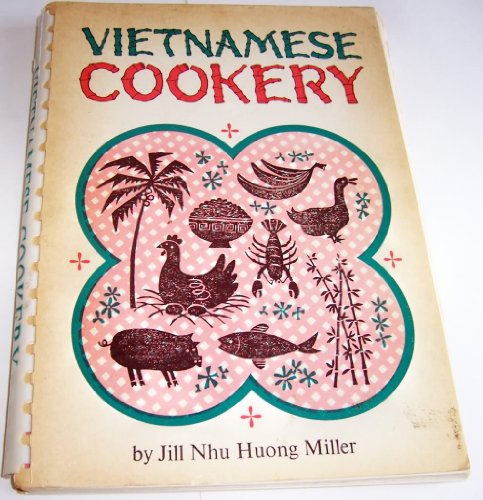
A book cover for Vietnamese Cookery; JILL NHU HUONG MILLER; Cookbooks, Food & Wine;